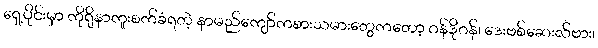
ရှေ့ပိုင်းမှာ ကိုရိုနာကူးစက်ခံရတဲ့ နာမည်ကျော်ကစားသမားတွေကတော့ ဂန်ဒိုဂန်၊ ဒေးဗစ်ဆေးလ်ဗား၊